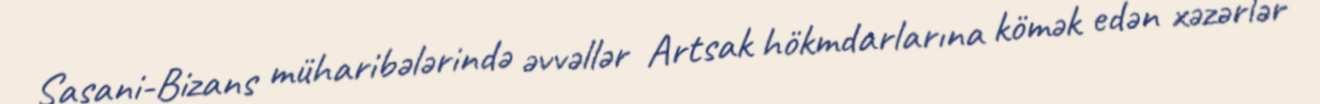
Sasani-Bizans müharibələrində əvvəllər Artsak hökmdarlarına kömək edən xəzərlər